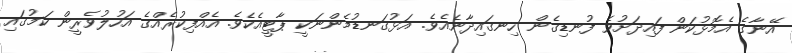
އޭނާގެ އެމޮޅުކަން ފައިދަށުވެ ފުނޑިގެން ހިނގައިދާނެއެވެ. އަޅުގަނޑުމެންނަކީ ޕާޓީއެކެވެ. އެއްފިކުރެއްގެ އަހުލުވެރީން ކަމުގައި